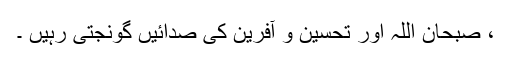
، صبحان اللہ اور تحسین و آفرین کی صدائیں گونجتی رہیں ۔